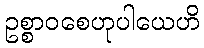
ဥစ္စာဝစေဟုပါယေဟိ